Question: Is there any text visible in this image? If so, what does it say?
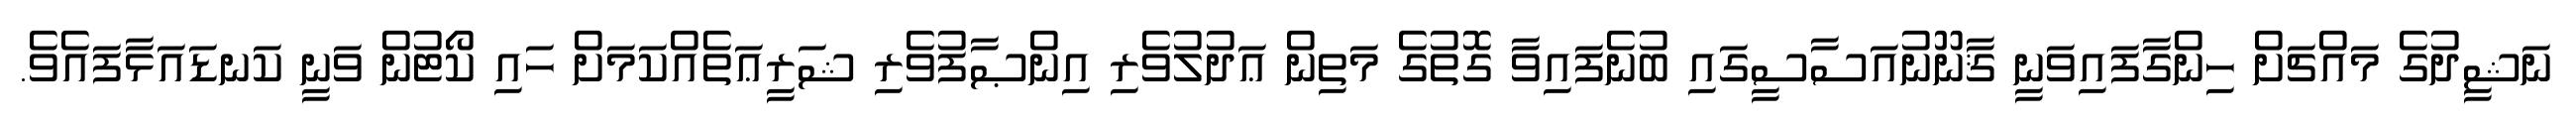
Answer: ނަޝީދުގެ މައްޗަށް ހިންގާފައިވަނީ ޤާނޫނުއަސާސީގައި ބުނެފައިވާ ގޮތުގެ މަތިން ޢަދުލުވެރި އިންޞާފުވެރި ޝަރީޢަތެއްކަމަށް ހައި ކޯޓުން ވަނީ ކަނޑައަޅާފައެވެ.